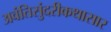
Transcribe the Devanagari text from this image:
अवंतिसुंदरीकथासार